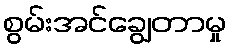
စွမ်းအင်ချွေတာမှု